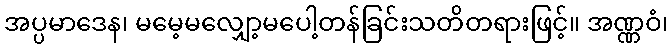
အပ္ပမာဒေန၊ မမေ့မလျှော့မပေါ့တန်ခြင်းသတိတရားဖြင့်။ အဏ္ဏဝံ၊